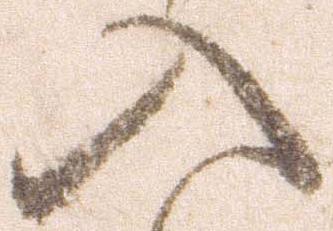
入